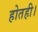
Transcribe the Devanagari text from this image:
होतही।